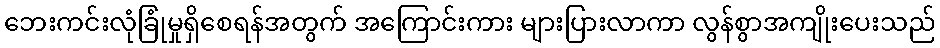
ဘေးကင်းလုံခြုံမှုရှိစေရန်အတွက် အကြောင်းကား များပြားလာကာ လွန်စွာအကျိုးပေးသည်